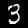
Digit: 3